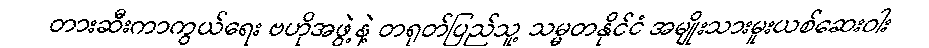
တားဆီးကာကွယ်ရေး ဗဟိုအဖွဲ့နဲ့ တရုတ်ပြည်သူ့ သမ္မတနိုင်ငံ အမျိုးသားမူးယစ်ဆေးဝါး